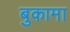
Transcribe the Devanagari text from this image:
बुकामा